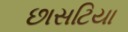
છાસટિયા